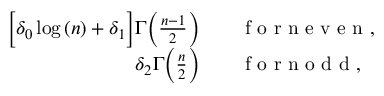
\begin{array} { r l } { \Big [ \delta _ { 0 } \log { ( n ) } + \delta _ { 1 } \Big ] \Gamma \Big ( \frac { n - 1 } { 2 } \Big ) } & { { } \quad \mathrm { ~ f ~ o ~ r ~ n ~ e ~ v ~ e ~ n ~ } , } \\ { \delta _ { 2 } \Gamma \Big ( \frac { n } { 2 } \Big ) } & { { } \quad \mathrm { ~ f ~ o ~ r ~ n ~ o ~ d ~ d ~ } , } \end{array}